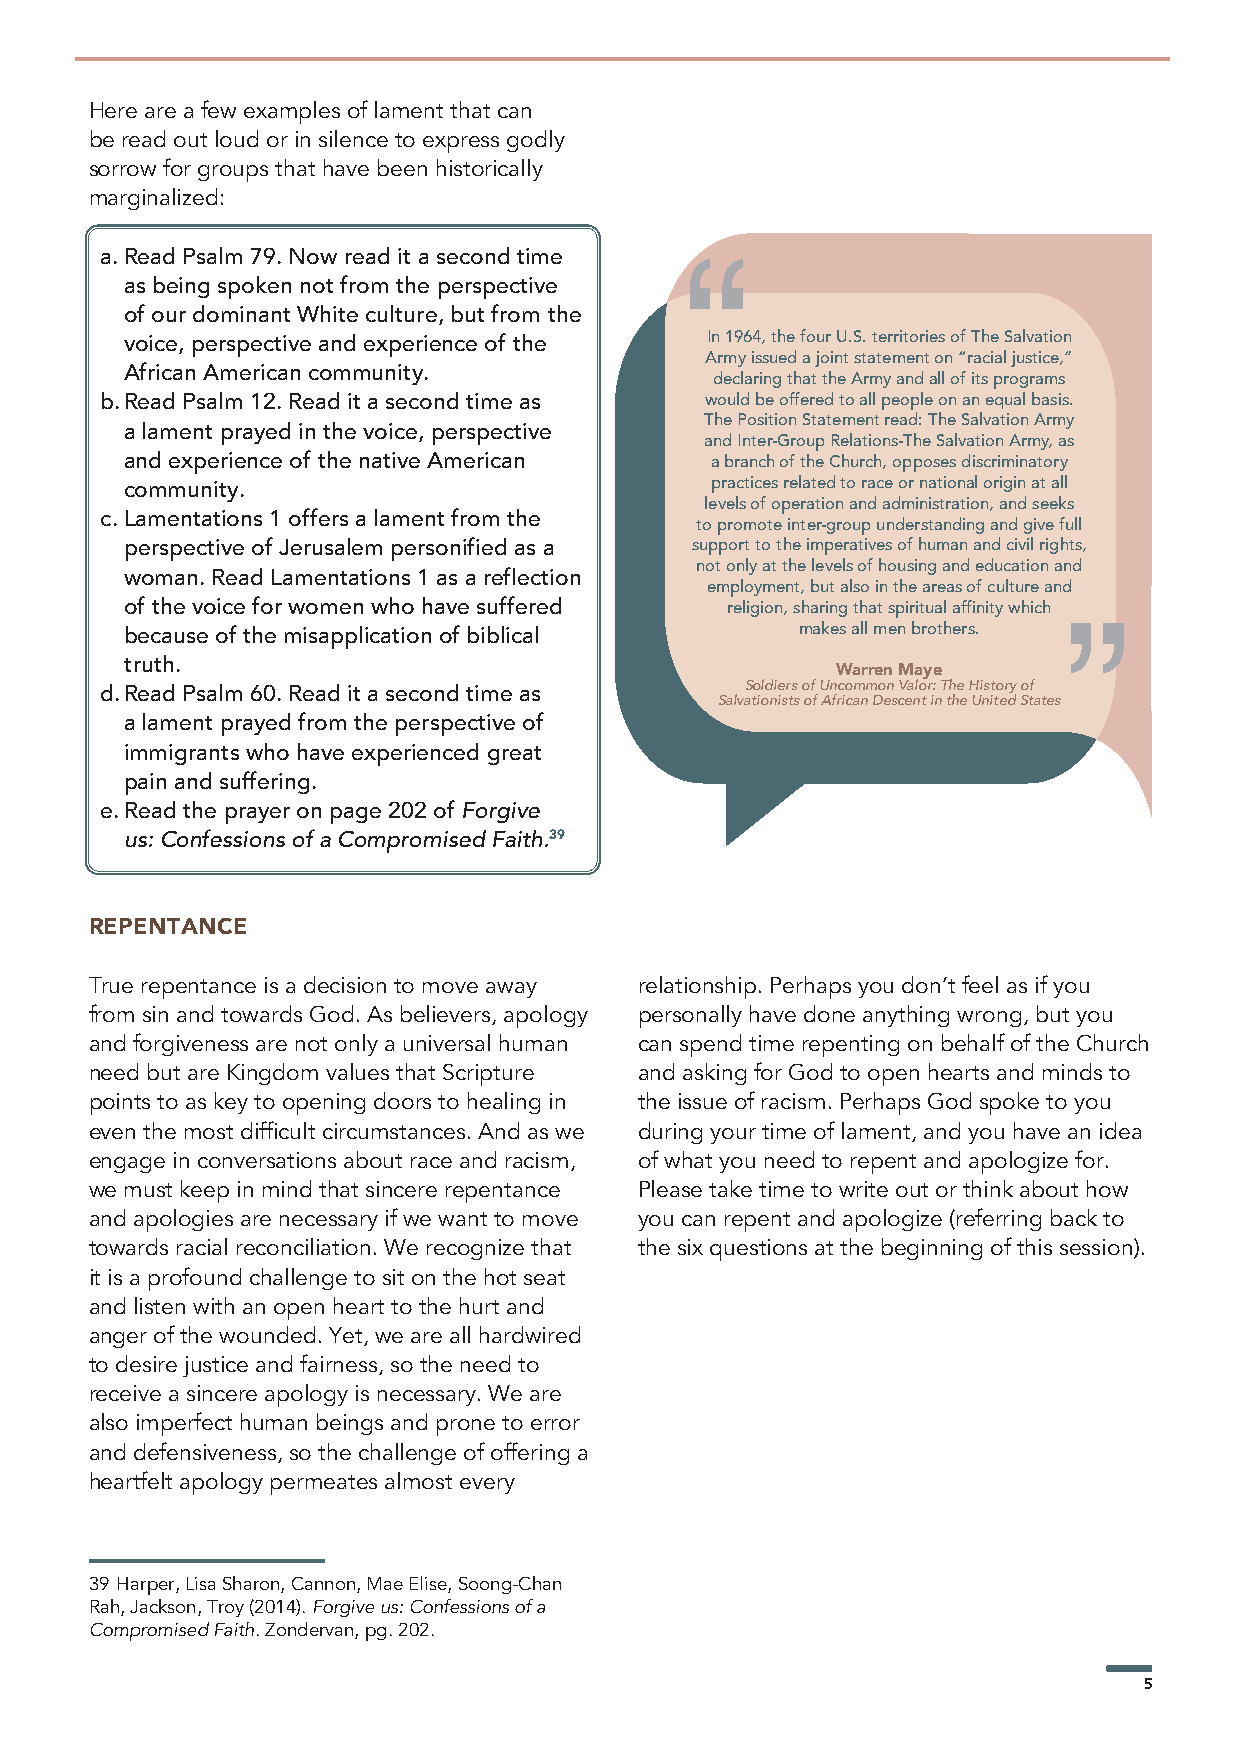
Here are a few examples of lament that can
 be read out loud or in silence to express godly
 sorrow for groups that have been historically
 marginalized:
 a. Read Psalm 79. Now read it a second time
 as being spoken not from the perspective
 of our dominant White culture, but from the
 voice, perspective and experience of the In 1964, the four U.S. territories of The Salvation
 Army issued a joint statement on “racial justice,”
 African American community.
 declaring that the Army and all of its programs
 b. Read Psalm 12. Read it a second time as would be offered to all people on an equal basis.
 The Position Statement read: The Salvation Army
 a lament prayed in the voice, perspective
 and Inter-Group Relations-The Salvation Army, as
 and experience of the native American  a branch of the Church, opposes discriminatory
 community.                             practices related to race or national origin at all
 levels of operation and administration, and seeks
 c. Lamentations 1 offers a lament from the
 to promote inter-group understanding and give full
 perspective of Jerusalem personified as a support to the imperatives of human and civil rights,
 not only at the levels of housing and education and
 woman. Read Lamentations 1 as a reflection
 employment, but also in the areas of culture and
 of the voice for women who have suffered religion, sharing that spiritual affinity which
 because of the misapplication of biblical    makes all men brothers.
 truth.
 Warren Maye
 Soldiers of Uncommon Valor: The History of
 d. Read Psalm 60. Read it a second time as
 Salvationists of African Descent in the United States
 a lament prayed from the perspective of
 immigrants who have experienced great
 pain and suffering.
 e. Read the prayer on page 202 of Forgive
 us: Confessions of a Compromised Faith.39
 REPENTANCE
 True repentance is a decision to move away relationship. Perhaps you don’t feel as if you
 from sin and towards God. As believers, apology personally have done anything wrong, but you
 and forgiveness are not only a universal human can spend time repenting on behalf of the Church
 need but are Kingdom values that Scripture and asking for God to open hearts and minds to
 points to as key to opening doors to healing in the issue of racism. Perhaps God spoke to you
 even the most difficult circumstances. And as we during your time of lament, and you have an idea
 engage in conversations about race and racism, of what you need to repent and apologize for.
 we must keep in mind that sincere repentance Please take time to write out or think about how
 and apologies are necessary if we want to move you can repent and apologize (referring back to
 towards racial reconciliation. We recognize that the six questions at the beginning of this session).
 it is a profound challenge to sit on the hot seat
 and listen with an open heart to the hurt and
 anger of the wounded. Yet, we are all hardwired
 to desire justice and fairness, so the need to
 receive a sincere apology is necessary. We are
 also imperfect human beings and prone to error
 and defensiveness, so the challenge of offering a
 heartfelt apology permeates almost every
 39 Harper, Lisa Sharon, Cannon, Mae Elise, Soong-Chan
 Rah, Jackson, Troy (2014). Forgive us: Confessions of a
 Compromised Faith. Zondervan, pg. 202.
 5